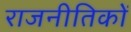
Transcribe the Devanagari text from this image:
राजनीतिकों